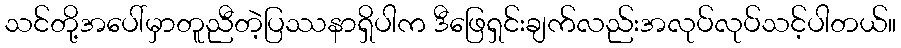
သင်တို့အပေါ်မှာတူညီတဲ့ပြဿနာရှိပါက ဒီဖြေရှင်းချက်လည်းအလုပ်လုပ်သင့်ပါတယ်။